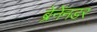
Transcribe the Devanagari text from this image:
ब्रेनेंनडर